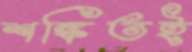
শঙ্কিতই